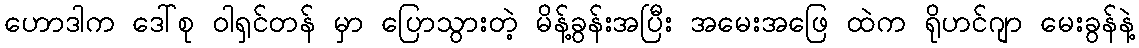
ဟောဒါက ဒေါ်စု ဝါရှင်တန် မှာ ပြောသွားတဲ့ မိန့်ခွန်းအပြီး အမေးအဖြေ ထဲက ရိုဟင်ဂျာ မေးခွန်နဲ့